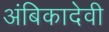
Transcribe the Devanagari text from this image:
अंबिकादेवी